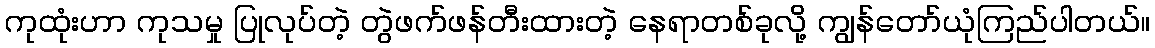
ကုထုံးဟာ ကုသမှု ပြုလုပ်တဲ့ တွဲဖက်ဖန်တီးထားတဲ့ နေရာတစ်ခုလို့ ကျွန်တော်ယုံကြည်ပါတယ်။